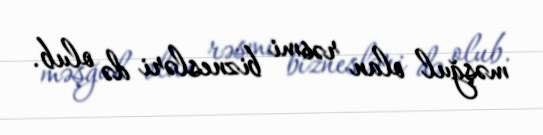
məşğul olan rəsmi biznesləri də olub.